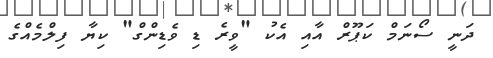
ދަނީ ސޯނަމް ކަޕޫރް އާއި އެކު "ވީރެ ޑި ވެޑިންގް" ކިޔާ ފިލްމެއްގެ